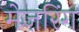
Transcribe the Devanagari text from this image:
मेज़रिंग